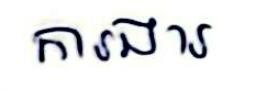
ការងារ